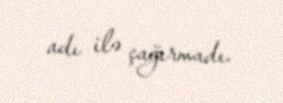
adı ilə çağırmadı.